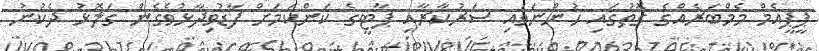
ޕީޕީއެމް މެމްބަރެއްގެ ގޮތުގައި ހުންނަވައި ސަރުކާރާއި ޕާޓީގެ ކަންކަމަށް ފާޑުވިދާޅުވެގެން ގަލޮޅު ދެކުނު